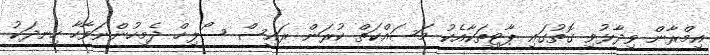
އިމްރާން ވިދާޅުވި ގޮތުގައި ޕާޓީތަކާއެކު މަސައްކަތް ކުރަން ރައީސް ސޯލިހް ދެމިހުންނަވާހާ ހިނދަކު